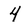
Character: 4